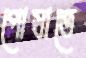
পোষাতে